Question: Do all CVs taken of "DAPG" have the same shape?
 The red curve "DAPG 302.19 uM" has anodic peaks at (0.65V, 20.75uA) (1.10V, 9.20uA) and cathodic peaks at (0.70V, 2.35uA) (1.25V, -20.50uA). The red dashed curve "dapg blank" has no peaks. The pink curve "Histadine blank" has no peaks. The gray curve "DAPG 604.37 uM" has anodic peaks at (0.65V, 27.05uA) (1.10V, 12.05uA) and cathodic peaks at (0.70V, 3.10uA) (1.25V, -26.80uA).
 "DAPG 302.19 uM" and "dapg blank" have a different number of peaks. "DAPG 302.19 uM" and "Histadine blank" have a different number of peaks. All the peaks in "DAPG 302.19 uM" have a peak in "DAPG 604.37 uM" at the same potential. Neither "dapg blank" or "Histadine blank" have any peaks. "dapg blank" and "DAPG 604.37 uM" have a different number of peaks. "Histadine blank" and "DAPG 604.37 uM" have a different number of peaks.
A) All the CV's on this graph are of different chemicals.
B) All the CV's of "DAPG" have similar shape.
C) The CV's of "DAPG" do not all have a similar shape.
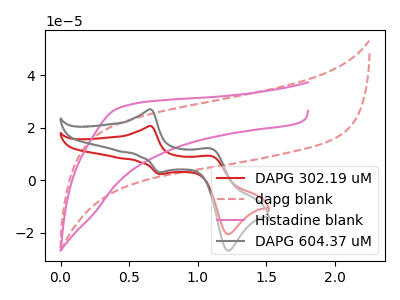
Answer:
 <answer>B) All the CV's of "DAPG" have similar shape.</answer>
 <eval>B</eval>